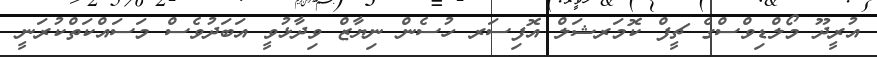
އުރީދޫ މޯލްޑިވްސްގެ ޗީފް ކޮމަރޝަލް އޮފިސަރ ހުސެން ނިޔާޒް ވިދާޅުވީ އަބަދުވެސް މަސައްކަތްކުރަނީ